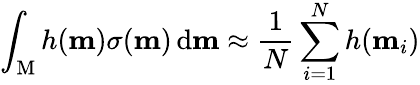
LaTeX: \int_{\mathrm{M}}h(\mathbf{m})\sigma(\mathbf{m})\, \mathrm{d}\mathbf{m}\approx\frac{1}{N}\sum_{i=1}^{N}h(\mathbf{m}_{i})